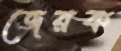
জেরক